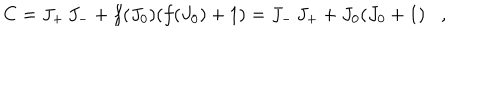
C = J _ { + } \, J _ { - } + f ( J _ { 0 } ) ( f ( J _ { 0 } ) + 1 ) = J _ { - } \, J _ { + } + J _ { 0 } ( J _ { 0 } + 1 ) ,